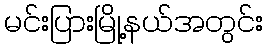
မင်းပြားမြို့နယ်အတွင်း